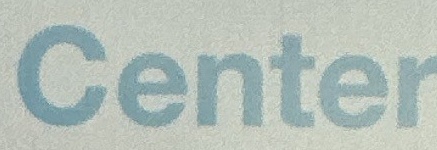
Center